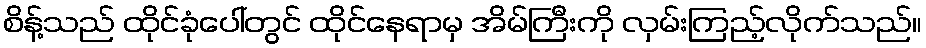
စိန့်သည် ထိုင်ခုံပေါ်တွင် ထိုင်နေရာမှ အိမ်ကြီးကို လှမ်းကြည့်လိုက်သည်။